Insane asylums Bombay 1873-77 - 1873-1877
Year: 1873
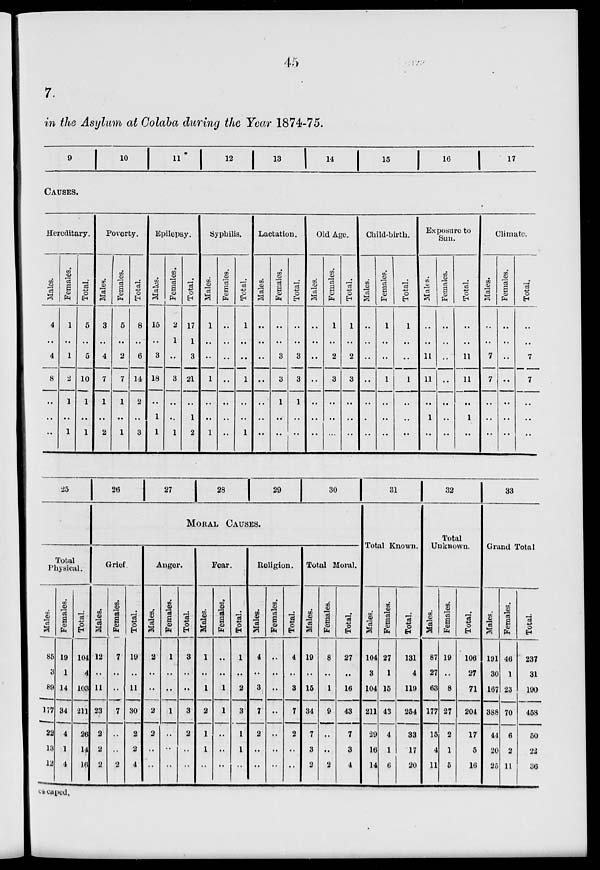
45
7.
in the Asylum at Colaba during the Year 1874-75.
9
10
11
12
13
14
15
16 17
CAUSES.
Hereditary.
Males.
4
..
4
8
..
..
..
Females.
1
..
1
2
1
..
1
Total.
5
..
5
10
1
..
1
Poverty.
Males.
3
..
4
7
1
..
2
Females.
5
..
2
7
1
..
1
Total.
8
..
6
14
2
..
3
Epilepsy.
Males.
15
..
3
18
..
1
1
Females.
2
1
..
3
..
..
1
Total.
17
1
3
21
..
1
2
Syphilis.
Males.
1
..
..
1
..
..
1
Females.
..
..
..
..
..
..
..
Total.
1
..
..
1
..
..
1
Lactation.
Males.
..
..
..
..
..
..
..
Females.
..
..
3
3
1
..
..
Total.
..
..
3
3
1
..
..
Old Age.
Males.
..
..
..
..
..
..
..
Females.
1
..
2
3
..
..
..
Total.
1
..
2
3
..
..
..
Child-birth.
Males.
..
..
..
..
..
..
..
Females.
1
..
..
1
..
..
..
Total.
1
..
..
1
..
..
..
Exposure to
Sun.
Males.
..
..
11
11
..
1
..
Females.
..
..
..
..
..
..
..
Total.
..
..
11
11
..
1
..
Climate.
Males.
..
..
7
7
..
..
..
Females.
..
..
..
..
..
..
..
Total.
..
..
7
7
..
..
..
25
Total
Physical.
Males.
85
3
89
177
22
13
12
Females.
19
1
14
34
4
1
4
Total.
104
4
103
211
26
14
16
26
27
28
29
30
MORAL CAUSES.
Grief.
Males.
12
..
11
23
2
2
2
Females.
7
..
..
7
..
..
2
Total.
19
..
11
30
2
2
4
Anger.
Males.
2
..
..
2
2
..
..
Females.
1
..
..
1
..
..
..
Total.
3
..
..
3
2
..
..
Fear.
Males.
1
..
1
2
1
1
..
Females.
..
..
1
1
..
..
..
Total.
1
..
2
3
1
1
..
Religion.
Males.
4
..
3
7
2
..
..
Females.
..
..
..
..
..
..
..
Total.
4
..
3
7
2
..
..
Total Moral.
Males.
19
..
15
34
7
3
2
Females.
8
..
1
9
..
..
2
Total.
27
..
16
43
7
3
4
31
Total Known.
Males.
104
3
104
211
29
16
14
Females.
27
1
15
43
4
1
6
Total.
131
4
119
254
33
17
20
32
Total
Unknown.
Males.
87
27
63
177
15
4
11
Females.
19
..
8
27
2
1
5
Total.
106
27
71
204
17
5
16
33
Grand Total.
Males.
191
30
167
388
44
20
25
Females.
46
1
23
70
6
2
11
Total.
237
31
190
458
50
22
36
escaped.